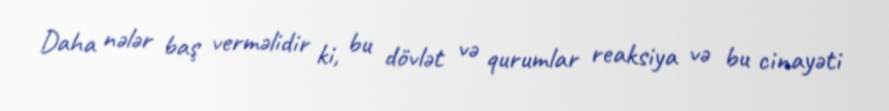
Daha nələr baş verməlidir ki, bu dövlət və qurumlar reaksiya və bu cinayəti